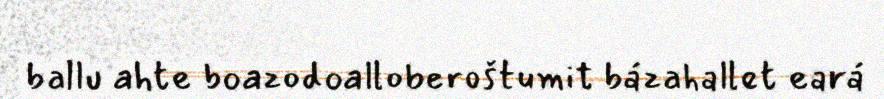
ballu ahte boazodoalloberoštumit bázahallet eará